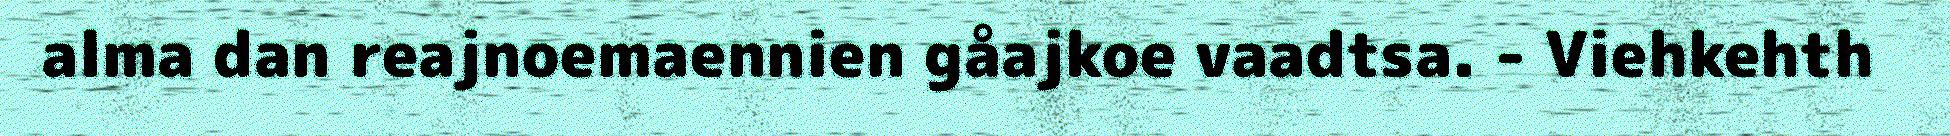
alma dan reajnoemaennien gåajkoe vaadtsa. - Viehkehth